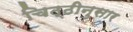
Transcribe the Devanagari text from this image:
चिठ्ठीनुसार